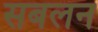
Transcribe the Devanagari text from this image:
सबलन